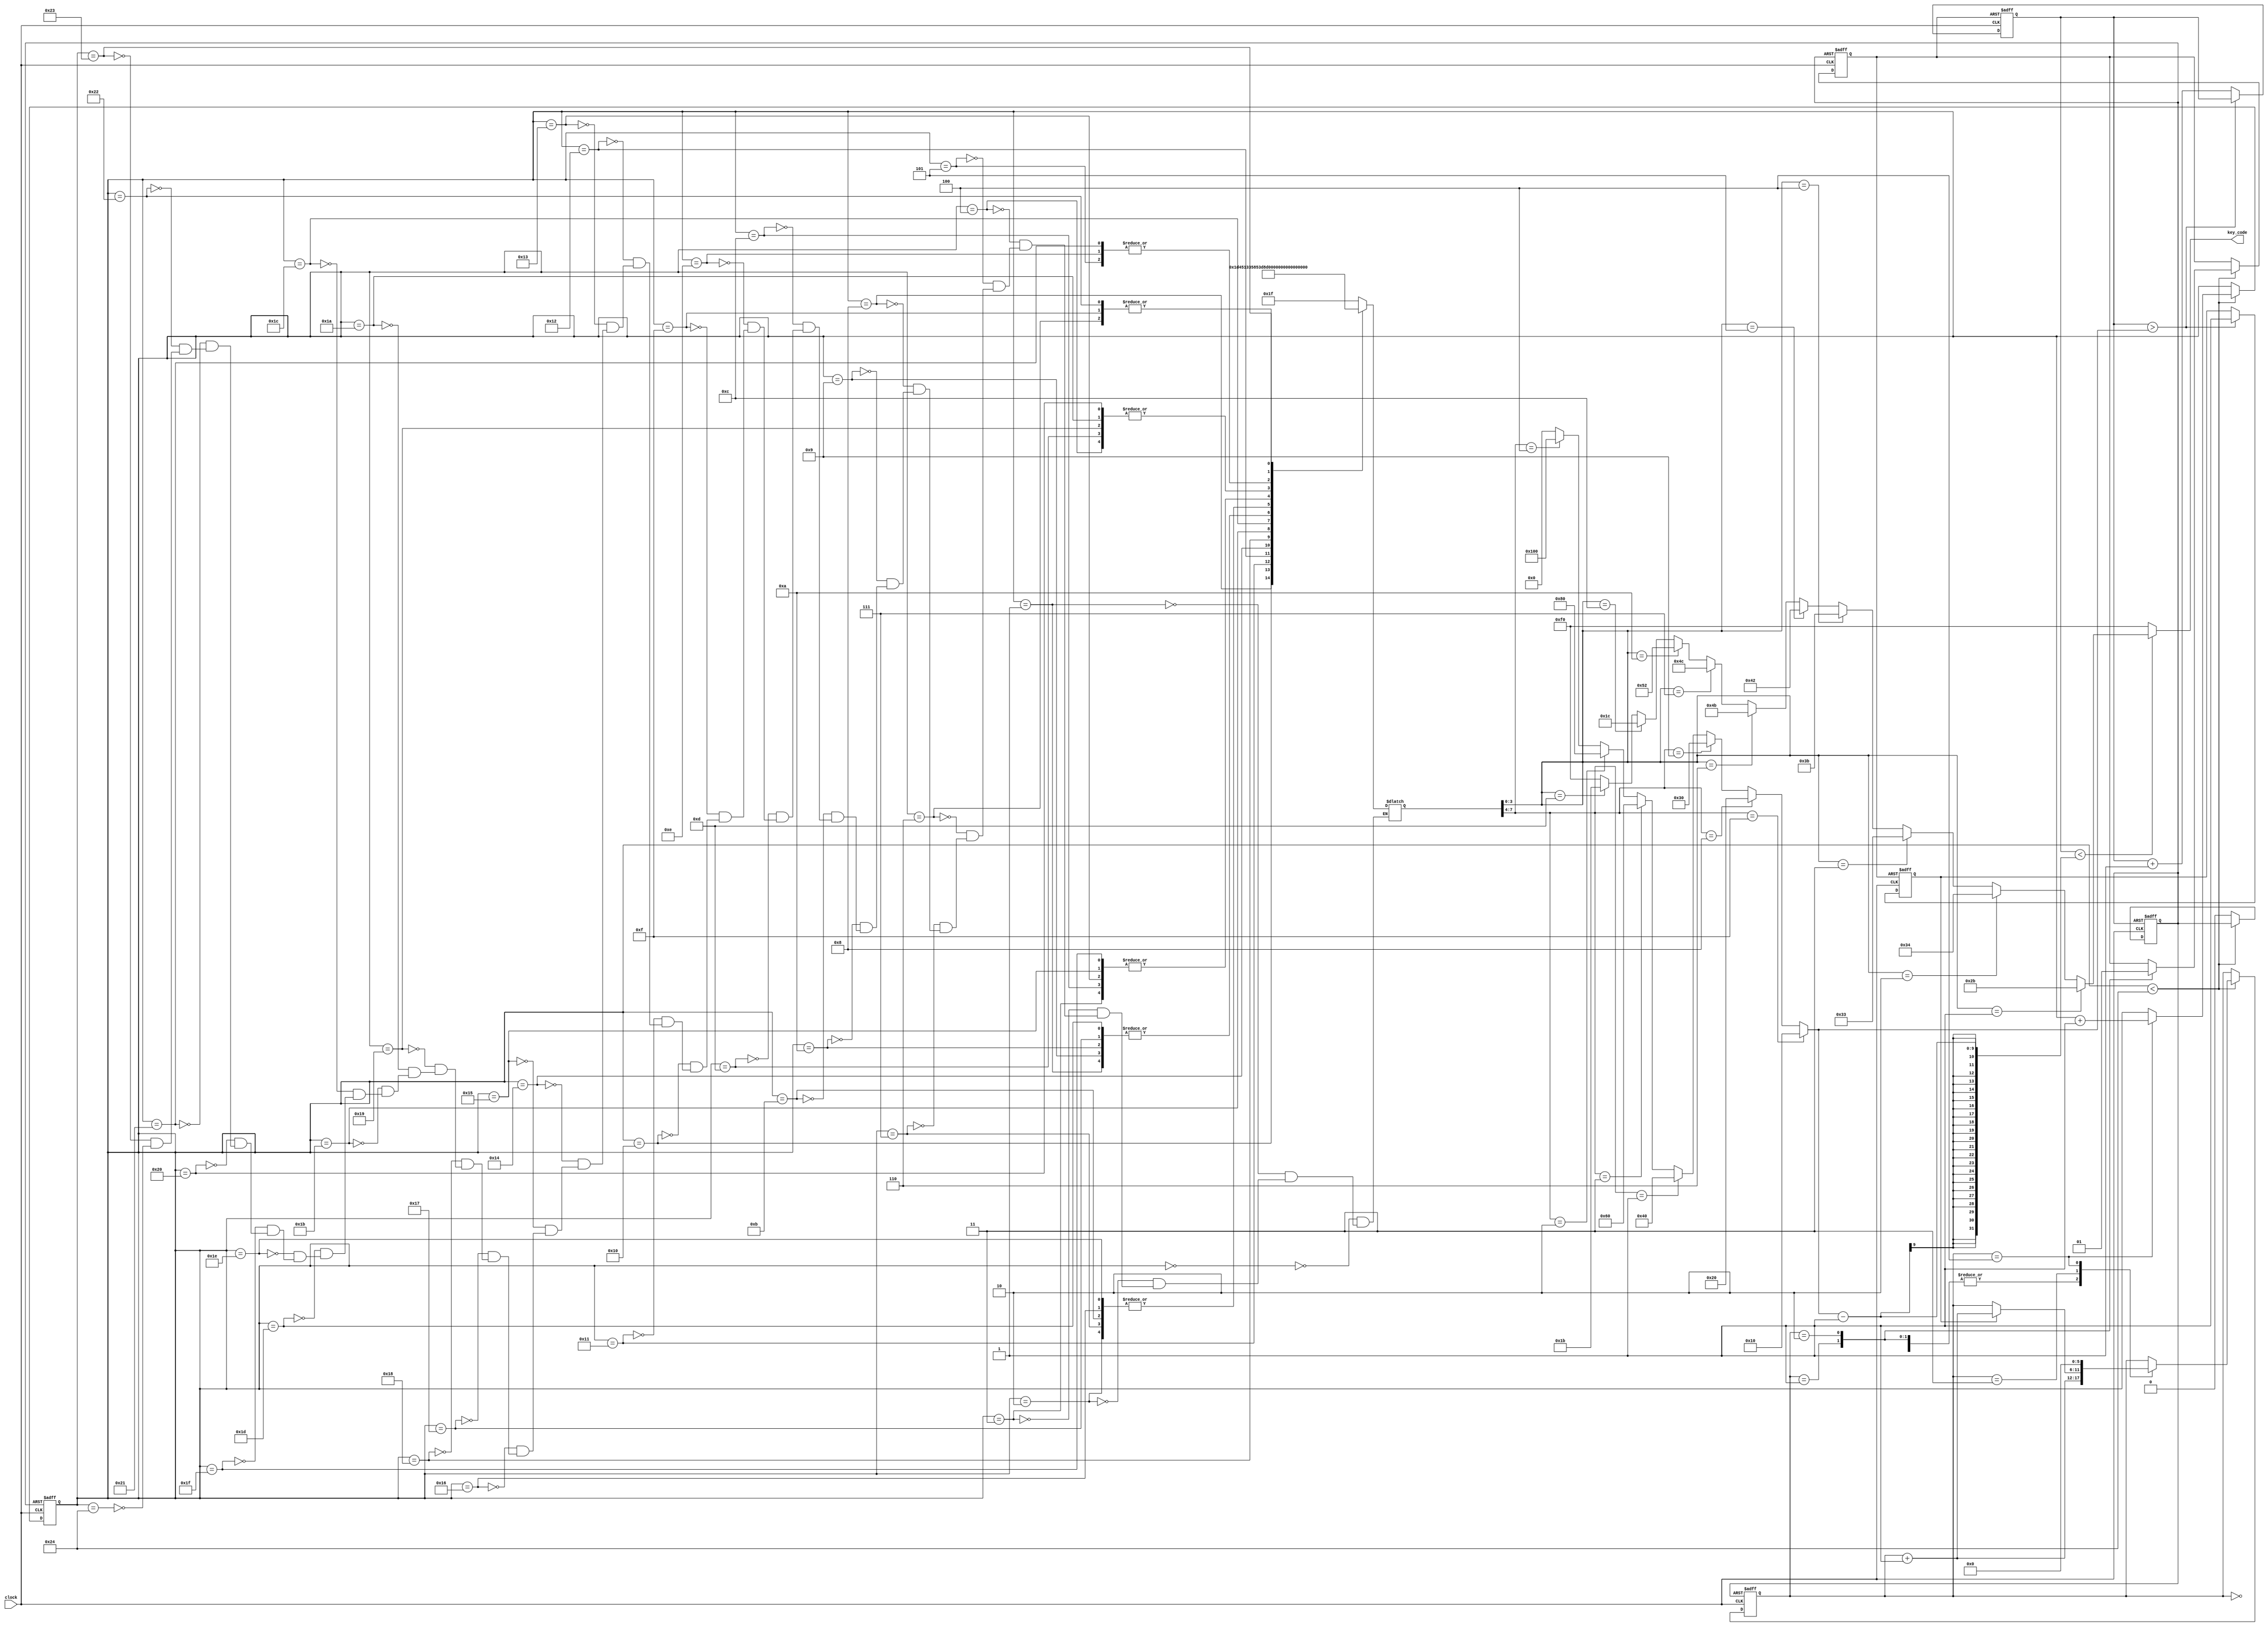
module song_amazing_grace(
	input  clock,
	output [7:0]key_code
);

	reg [15:0]tmp;
	wire[15:0]tmpa;
	reg tr;
	reg [15:0]step;
	wire[15:0]step_r;
	reg [15:0]TT;
	reg[5:0]st;
	reg restart;
	reg go_end;

////////Music-processing////////
	always @(negedge restart or posedge clock) begin
	if (!restart) begin
   		step=0;
   		st=0;
   		tr=0;
			restart <= 1'b1;
	end
	else
	if (step<step_r) begin
  		case (st)
  		0: st=st+1;
  		1: begin tr=0; st=st+1;end
  		2: begin tr=1;st=st+1;end
  		3: if(go_end) st=st+1;
  		4: begin st=0;step=step+1;end
  		endcase
	end
	else 
		restart <= 1'b0;
	end

///////////////  pitch  //////////////////
	wire [7:0]key_code1=(
		(TT[3:0]==1)?8'h2b:(//1
		(TT[3:0]==2)?8'h34:(//2
		(TT[3:0]==3)?8'h33:(//3
		(TT[3:0]==4)?8'h3b:(//4
		(TT[3:0]==5)?8'h42:(//5
		(TT[3:0]==6)?8'h4b:(//6
		(TT[3:0]==7)?8'h4c:(//7
		(TT[3:0]==10)?8'h52:(//1
		(TT[3:0]==12)?8'h1c:(//-5
		(TT[3:0]==13)?8'h1b:(//-6
		(TT[3:0]==15)?8'hf0:8'hf0
		))))))))))
	);

///////////////  paddle  ///////////////////
	assign tmpa[15:0]=(
		(TT[7:4]==15)?16'h10:(
		(TT[7:4]==8)? 16'h20:(
		(TT[7:4]==9)? 16'h30:(
		(TT[7:4]==1)? 16'h40:(
		(TT[7:4]==3)? 16'h60:(
		(TT[7:4]==2)? 16'h80:(
		(TT[7:4]==4)? 16'h100:0
		))))))
	);

/////////// note list ///////////
	always @(step) begin
	case (step)
		0:TT=8'h1f;
		1:TT=8'b00011100;
		2:TT=8'b00100001;
		3:TT=8'b10000011;
		4:TT=8'b10000001;
		5:TT=8'b00100011;
		6:TT=8'b00010010;
		7:TT=8'b00100001;
		8:TT=8'b00011101;
		9:TT=8'b00011100;
		10:TT=8'b00011100;
		11:TT=8'b00100001;
		12:TT=8'b10000011;
		13:TT=8'b10000001;
		14:TT=8'b00100011;
		15:TT=8'b00010010;
		16:TT=8'b01000101;
		17:TT=8'b00010011;
		18:TT=8'b00110101;
		19:TT=8'b10000011;
		20:TT=8'b10000101;
		21:TT=8'b10000011;
		22:TT=8'b00100001;
		23:TT=8'b00011100;
		24:TT=8'b00111101;
		25:TT=8'b10000001;
		26:TT=8'b10000001;
		27:TT=8'b10001101;
		28:TT=8'b00101100;
		29:TT=8'b00011100;
		30:TT=8'b00100001;
		31:TT=8'b10000011;
		32:TT=8'b10000001;
		33:TT=8'b00100011;
		34:TT=8'b00010010;
		35:TT=8'b01000001;
		36:TT=8'h1f;
	endcase
	end
	assign step_r=36;///Total note

/////////////KEY release & code-out ////////////////
	always @(negedge tr or posedge clock)begin
		if(!tr) begin 
			tmp=0;
			go_end=0;
			end
		else if (tmp>tmpa)
			go_end=1; 
		else 
			tmp=tmp+1;
	end
	assign key_code=(tmp<(tmpa-1)) ? key_code1 : 8'hf0;

endmodule